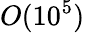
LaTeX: O(10^{5})